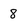
Character: 8